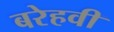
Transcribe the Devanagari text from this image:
बरेहवी